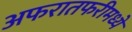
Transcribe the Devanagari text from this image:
अफरातफरीमध्ये